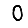
Digit: 0